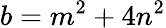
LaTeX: b=m^{2}+4n^{2}